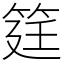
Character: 筳